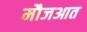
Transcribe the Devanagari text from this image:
मौजआत